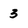
Character: 3